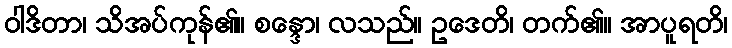
ဝါဒိတာ၊ သိအပ်ကုန်၏။ စန္ဒော၊ လသည်။ ဥဒေတိ၊ တက်၏။ အာပူရတိ၊